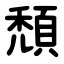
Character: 頹